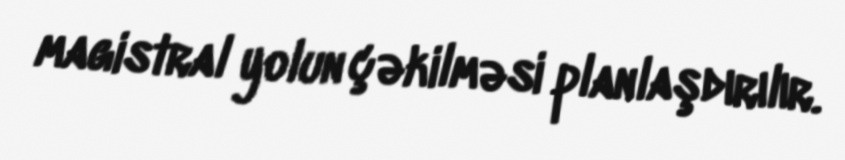
magistral yolun çəkilməsi planlaşdırılır.